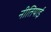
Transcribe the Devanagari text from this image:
नीतियाई